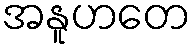
အနူဟတေ